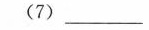
(7)___